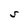
Character: S